65_HS1-834228961_62-HQ-83894_Section_6
Agency: FBI
Page 7
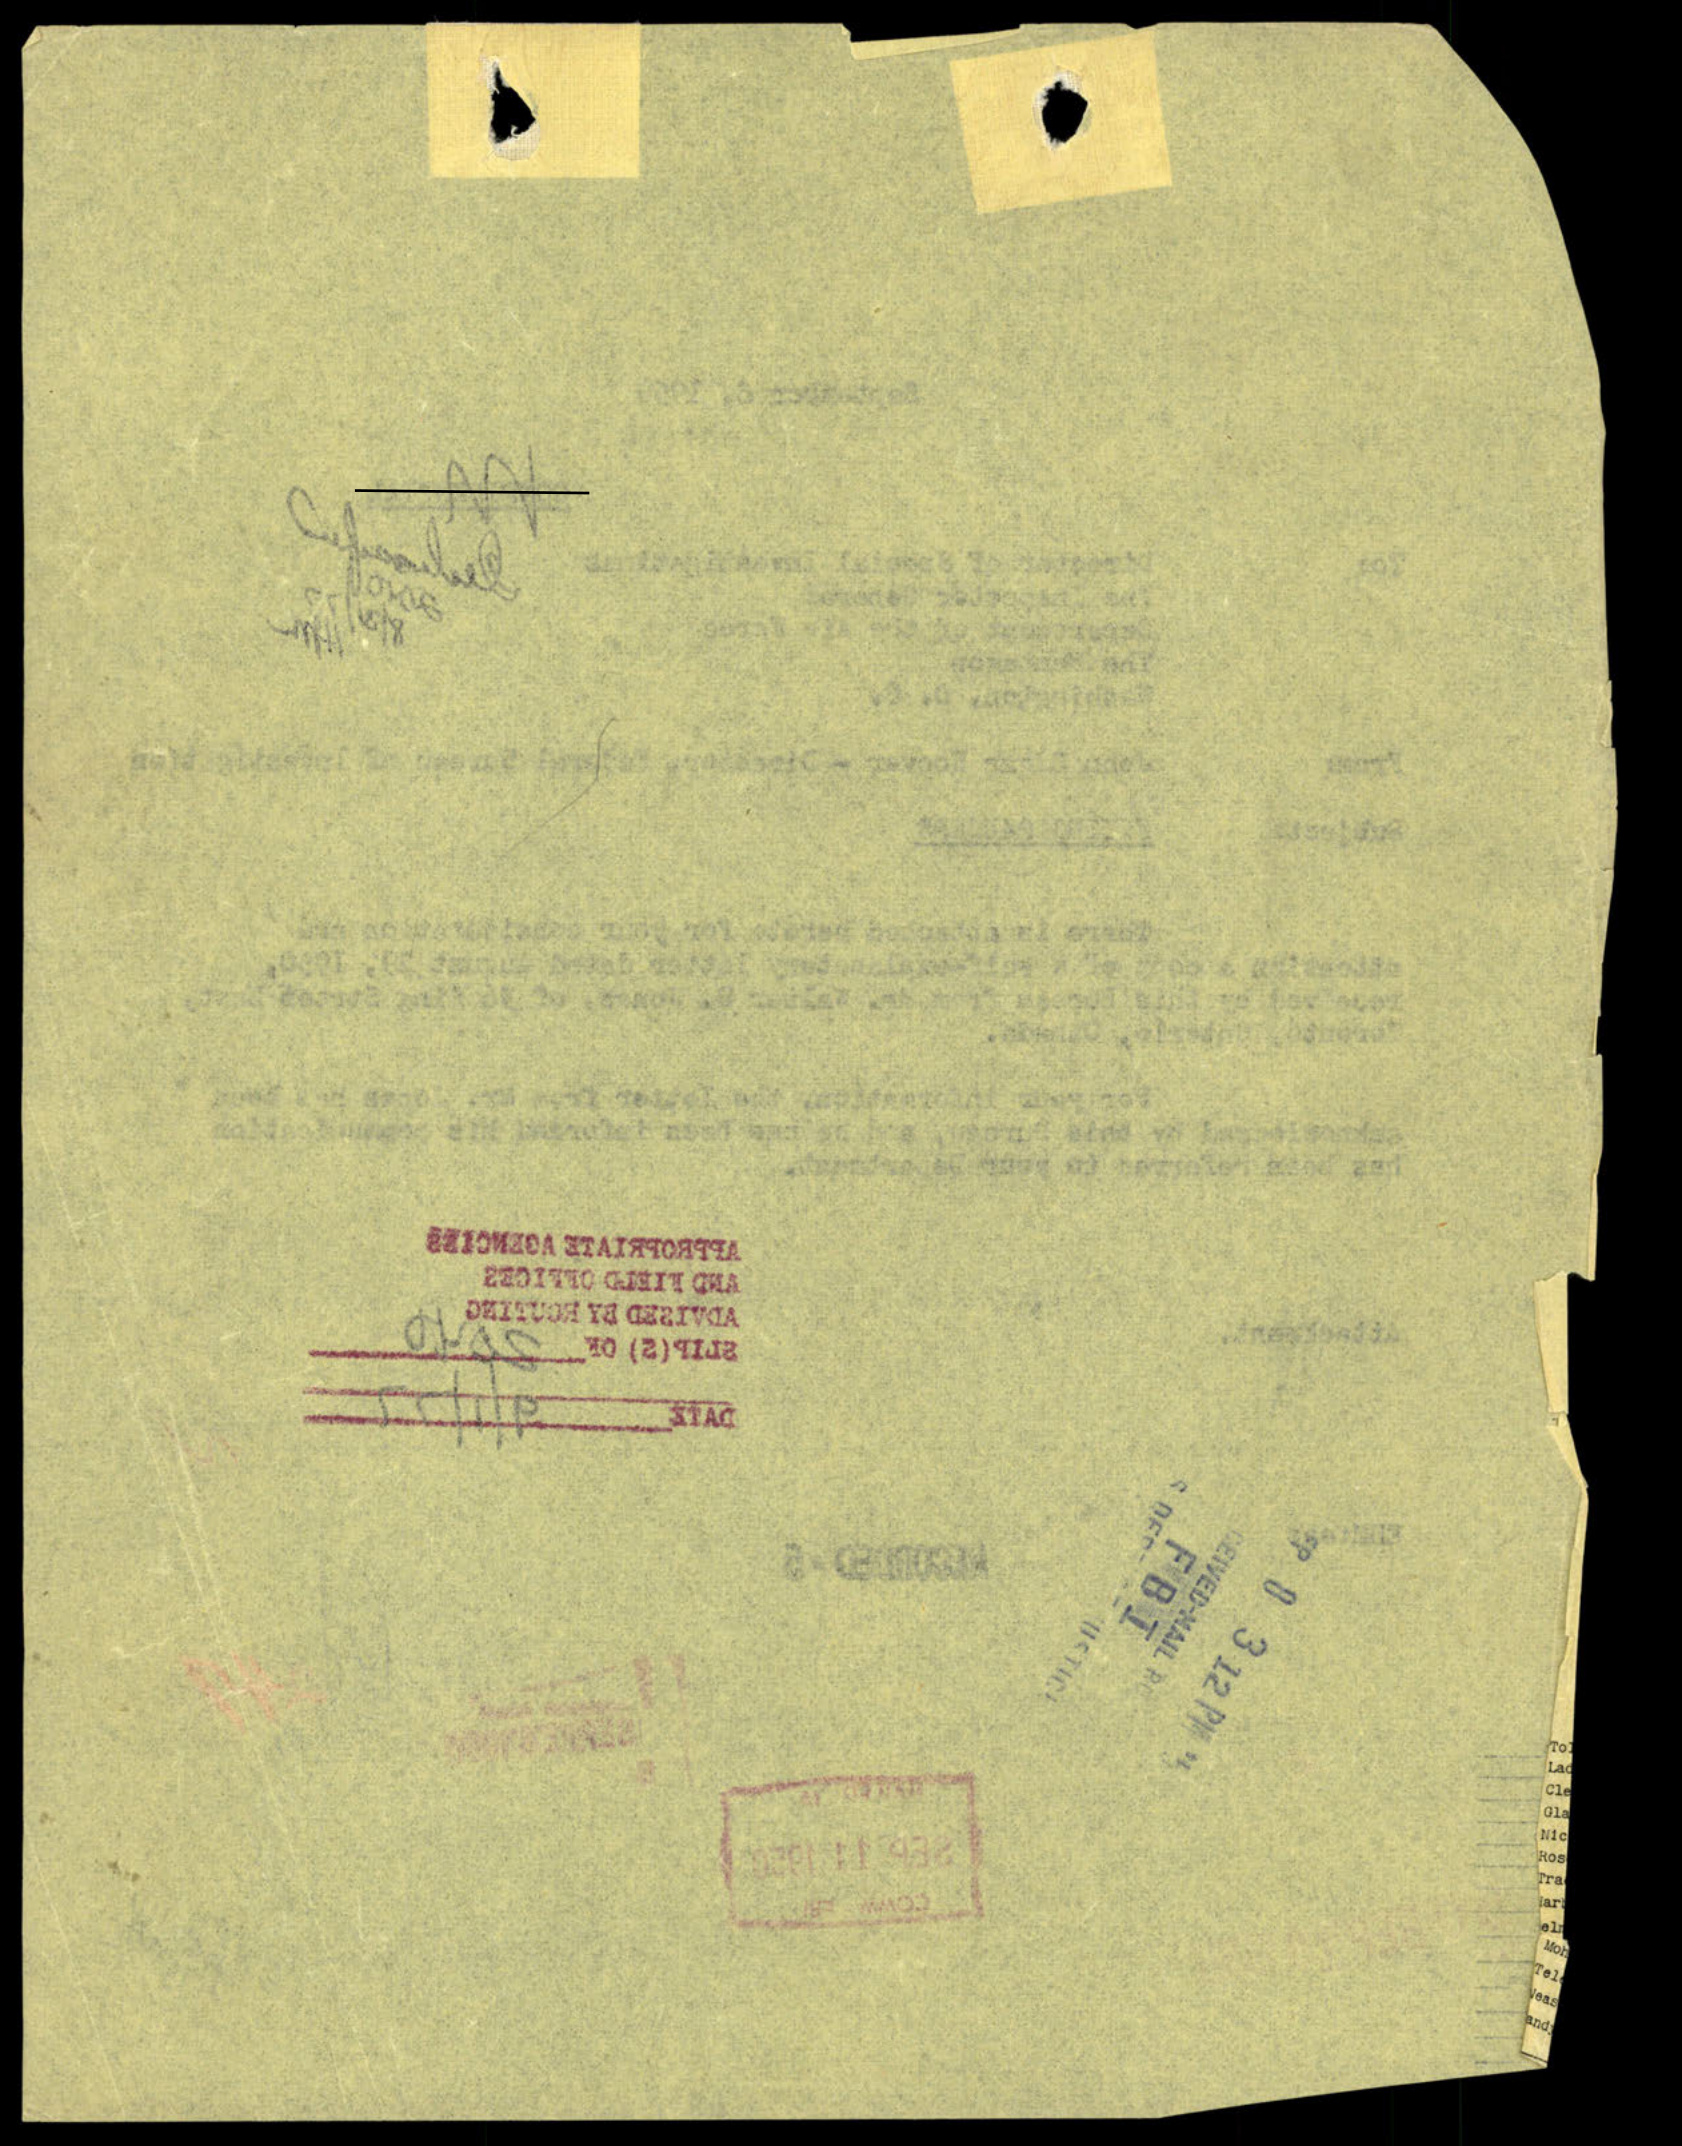